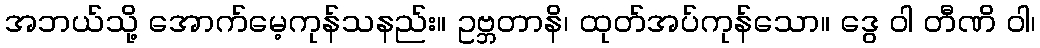
အဘယ်သို့ အောက်မေ့ကုန်သနည်း။ ဥဗ္ဘတာနိ၊ ထုတ်အပ်ကုန်သော။ ဒွေ ဝါ တီဏိ ဝါ၊